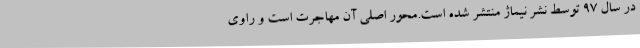
در سال 97 توسط نشر نیماژ منتشر شده است.محور اصلی آن مهاجرت است و راوی